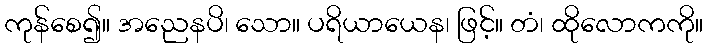
ကုန်စေ၍။ အညေနပိ၊ သော။ ပရိယာယေန၊ ဖြင့်။ တံ၊ ထိုလောကကို။